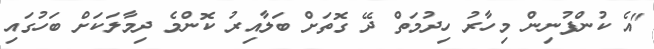
"އެ ކުންފުނިން މިހާރު ހިދުމަތް ދޭ ގޮތަށް ބަލާއިރު ކޮންމެ ދިމާލަކަށް ބަހުގައި